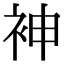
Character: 𫋵